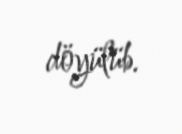
döyülüb.